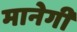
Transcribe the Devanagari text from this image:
मानेगी